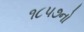
૧૮૫૭નો